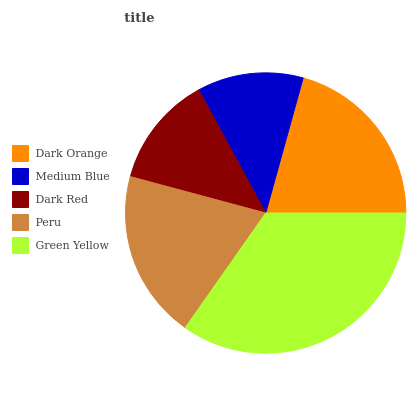
| Dark Orange | Medium Blue | Dark Red | Peru | Green Yellow |
 | --- | --- | --- | --- | --- |
 | 20.7% | 12.2% | 12.9% | 19.4% | 34.7% |